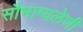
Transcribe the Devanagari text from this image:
सौभाग्यलेणी